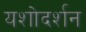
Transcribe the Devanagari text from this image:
यशोदर्शन